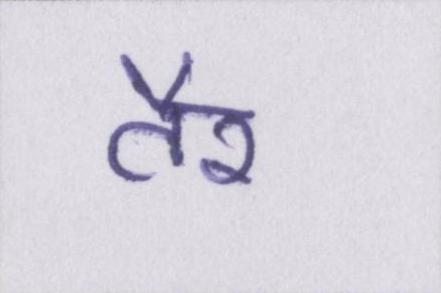
तैर